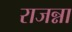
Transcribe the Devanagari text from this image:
राजन्ना